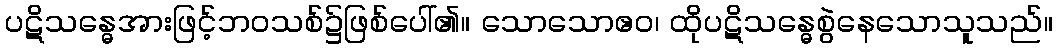
ပဋိသန္ဓေအားဖြင့်ဘဝသစ်၌ဖြစ်ပေါ်၏။ သောသောဧဝ၊ ထိုပဋိသန္ဓေစွဲနေသောသူသည်။